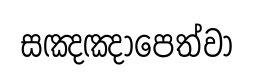
සඤඤාපෙත්වා